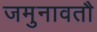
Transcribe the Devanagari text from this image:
जमुनावतौ